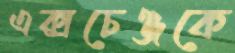
এক্সচেঞ্জকে